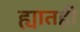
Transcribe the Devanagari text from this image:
ह्यातही